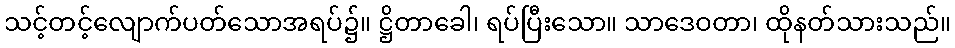
သင့်တင့်လျောက်ပတ်သောအရပ်၌။ ဋ္ဌိတာခေါ၊ ရပ်ပြီးသော။ သာဒေဝတာ၊ ထိုနတ်သားသည်။